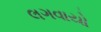
લગવાયો